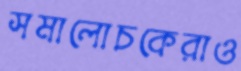
সমালোচকেরাও